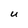
Character: U